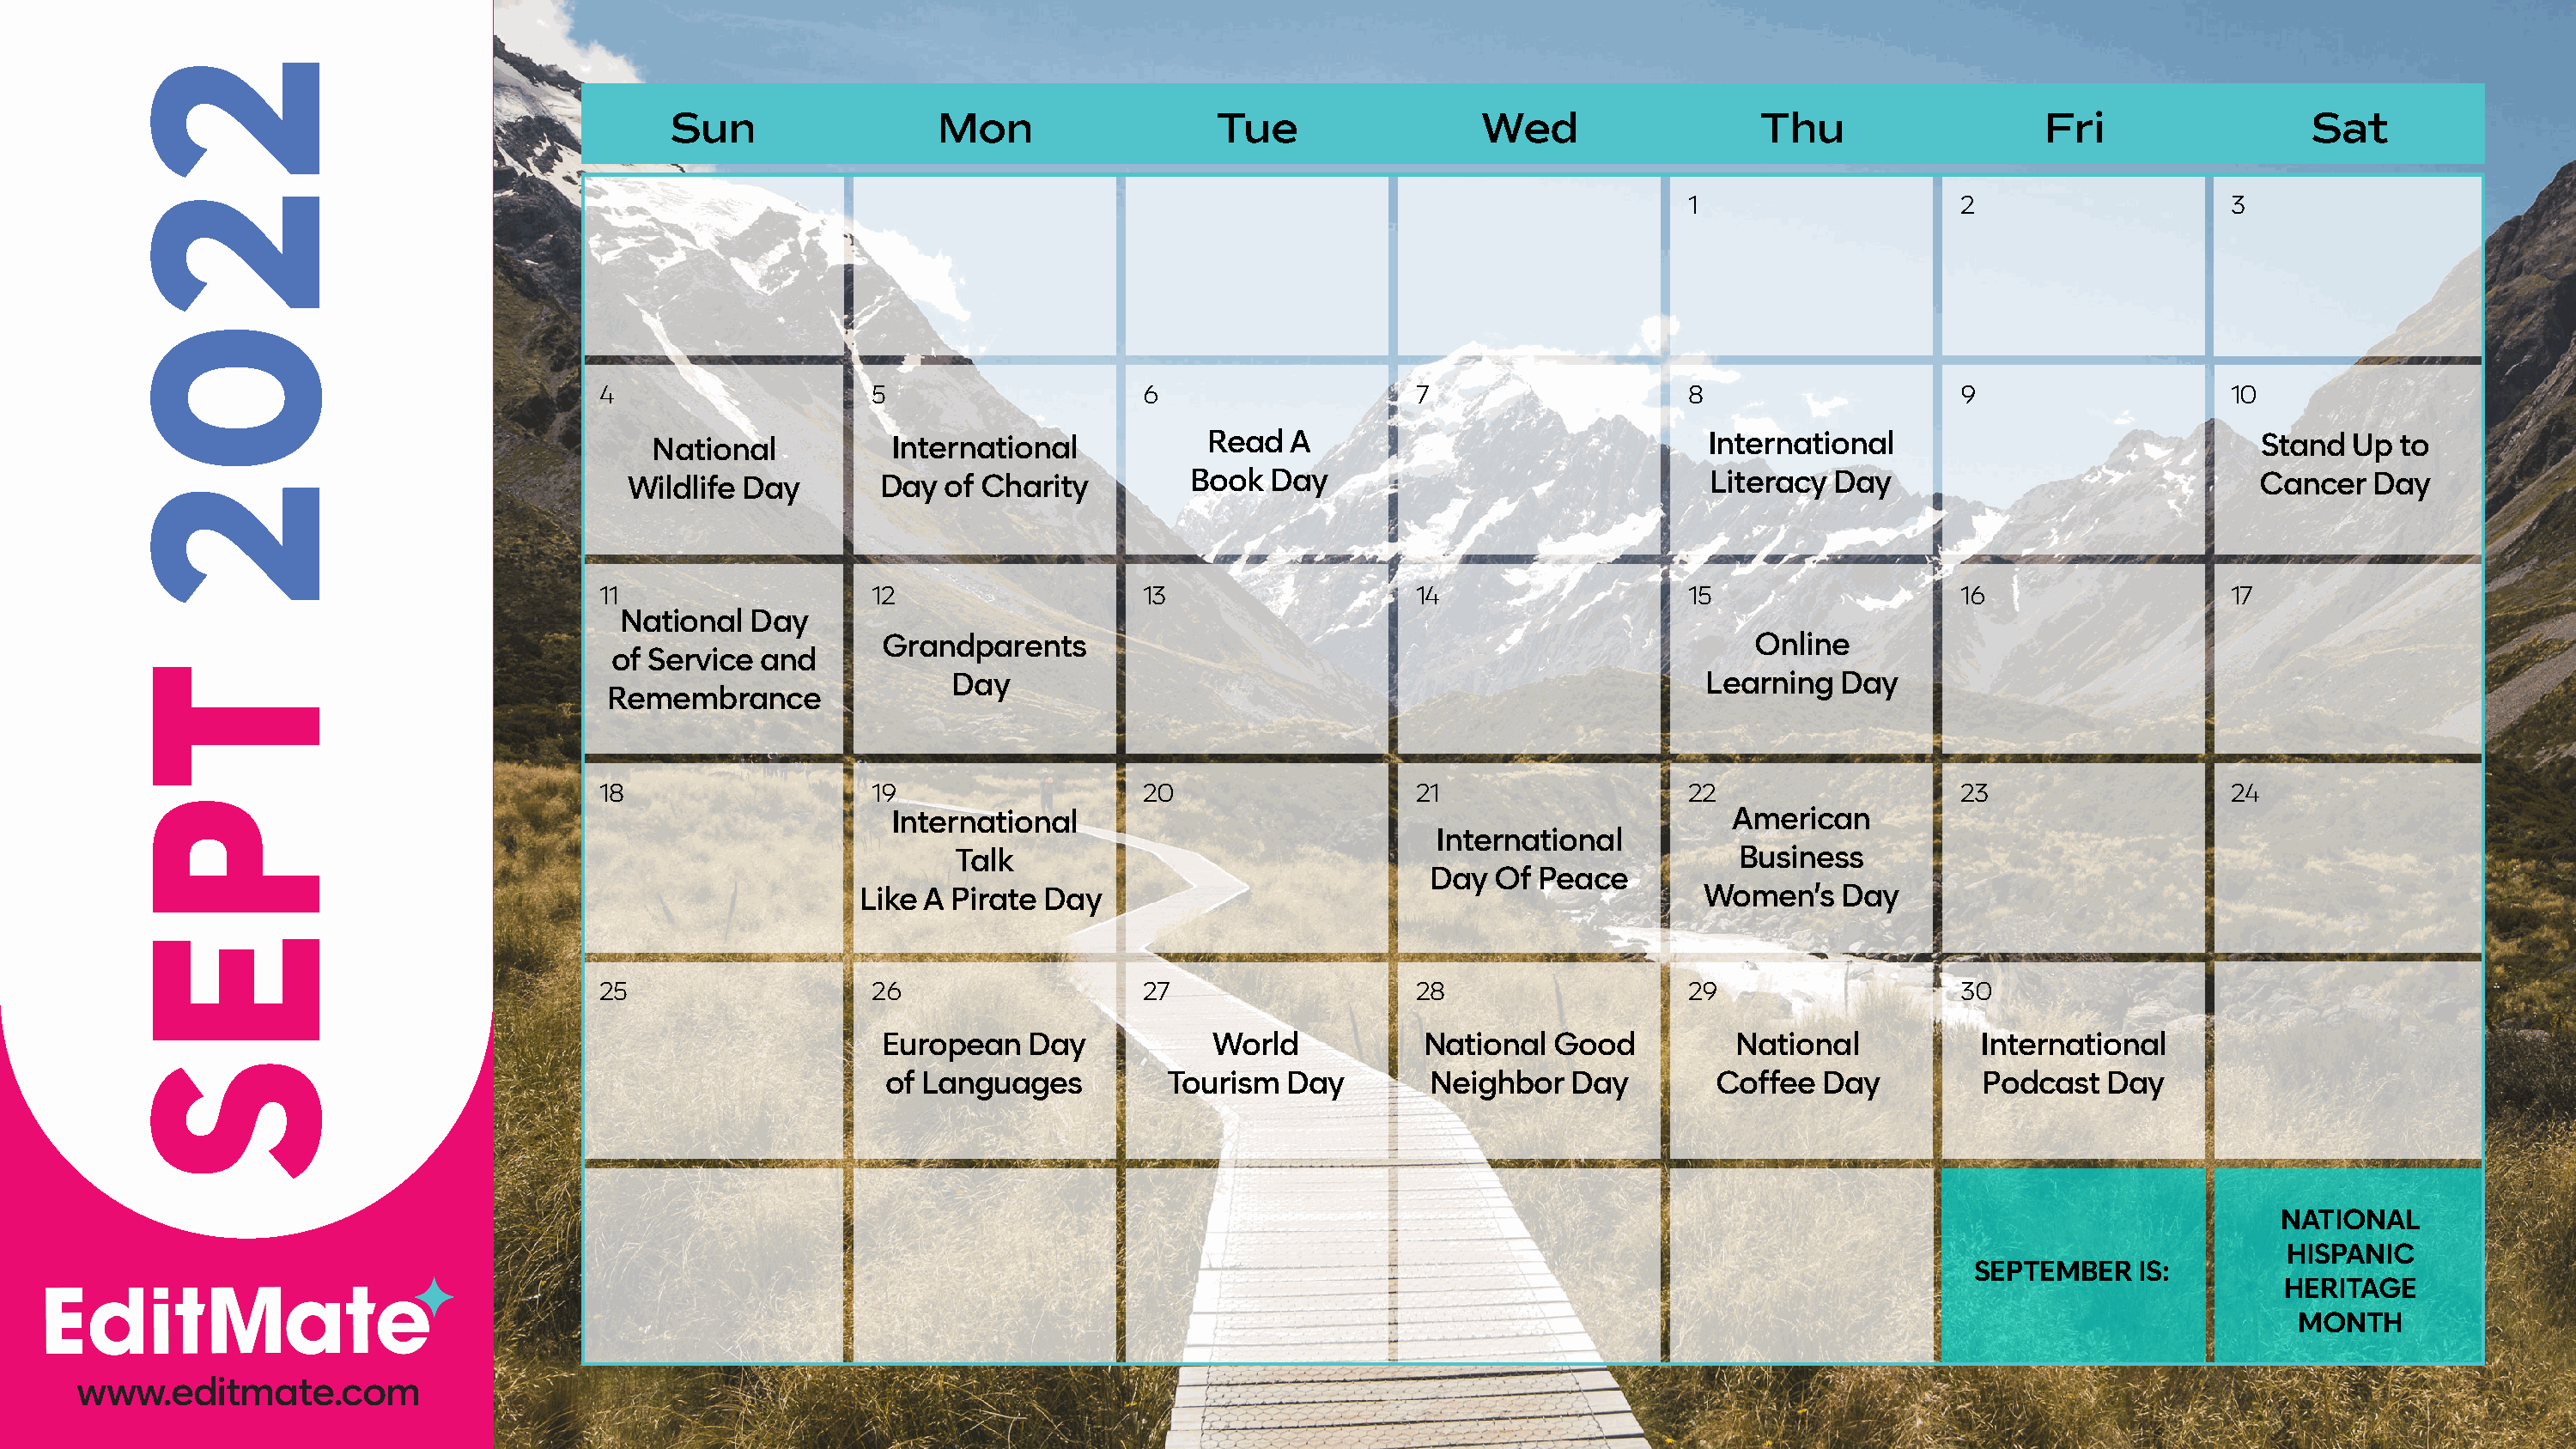
Sun                 Mon                   Tue                 Wed                   Thu                   Fri                 Sat
 1                    2                    3
 4                    5                    6                    7                    8                    9                    10
 National           International           Read  A                                International                             Stand  Up  to
 Wildlife Day        Day  of Charity         Book  Day                               Literacy Day                              Cancer   Day
 11                   12                   13                   14                   15                   16                   17
 National  Day
 Grandparents                                                       Online
 of Service  and
 Day                                                        Learning  Day
 Remembrance
 18                   19                   20                   21                   22                   23                   24
 International                                                    American
 International
 Talk                                                        Business
 Day  Of  Peace
 Like A Pirate Day                                                Women’s    Day
 25                   26                   27                   28                   29                   30
 European   Day            World           National  Good          National           International
 of Languages          Tourism  Day        Neighbor   Day        Coffee  Day          Podcast  Day
 NATIONAL
 HISPANIC
 SEPTEMBER    IS:
 HERITAGE
 MONTH
 www.editmate.com
 2202
 TPES